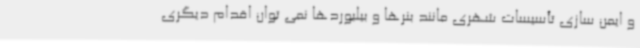
و ایمن سازی تأسیسات شهری مانند بنرها و بیلبوردها نمی توان اقدام دیگری